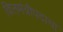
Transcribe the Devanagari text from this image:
वित्तमंत्रीपदाचा